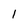
Character: l